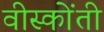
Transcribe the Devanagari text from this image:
वीस्कोंती